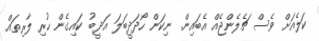
ކަލެއަށް ވެސް ޗެލެންޖެއް އެބައިން. ނިކަން ހޯދަދީބަލަ އަދީބު ކައިގެން ހުރި ލާރިތައް